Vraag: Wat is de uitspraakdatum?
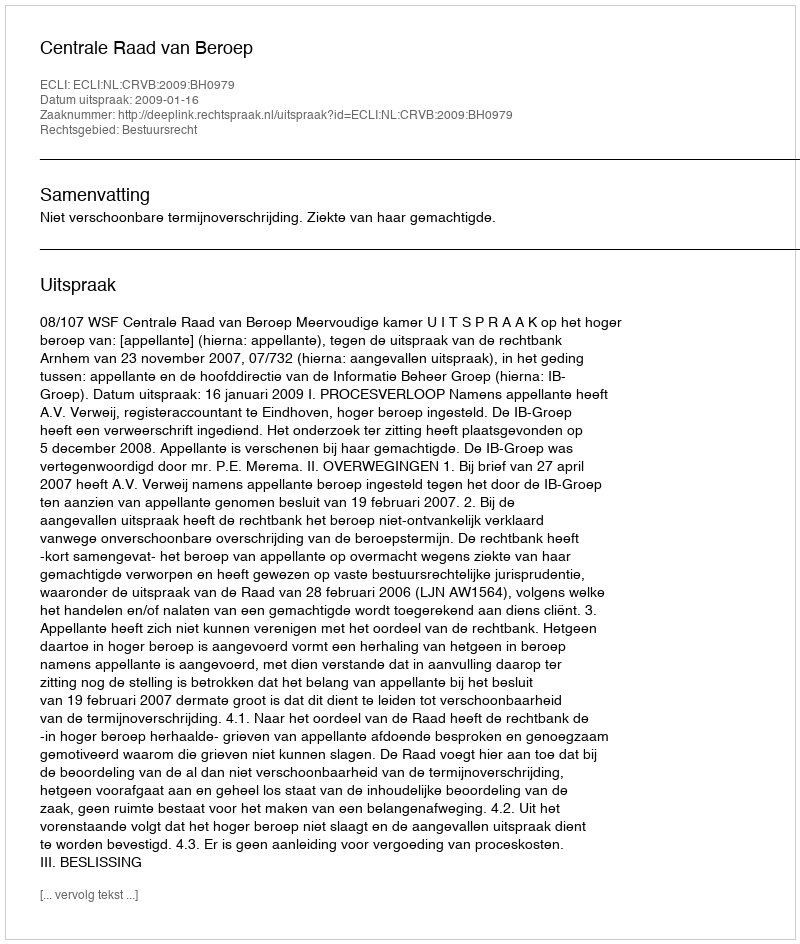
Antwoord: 2009-01-16